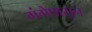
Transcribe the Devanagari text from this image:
गंगेपासून